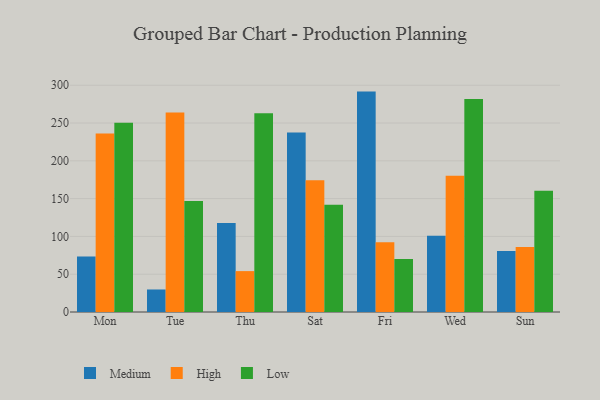
{"axis": {"x": "Day", "y": "Temperature (°C)"}, "legend": ["High", "Low", "Medium"], "data": [{"x": "Mon", "y": 73.4, "type": "Medium"}, {"x": "Mon", "y": 236.1, "type": "High"}, {"x": "Mon", "y": 250.5, "type": "Low"}, {"x": "Tue", "y": 29.8, "type": "Medium"}, {"x": "Tue", "y": 264.0, "type": "High"}, {"x": "Tue", "y": 147.0, "type": "Low"}, {"x": "Thu", "y": 117.8, "type": "Medium"}, {"x": "Thu", "y": 54.1, "type": "High"}, {"x": "Thu", "y": 263.0, "type": "Low"}, {"x": "Sat", "y": 237.4, "type": "Medium"}, {"x": "Sat", "y": 174.4, "type": "High"}, {"x": "Sat", "y": 141.8, "type": "Low"}, {"x": "Fri", "y": 291.6, "type": "Medium"}, {"x": "Fri", "y": 92.3, "type": "High"}, {"x": "Fri", "y": 70.0, "type": "Low"}, {"x": "Wed", "y": 100.8, "type": "Medium"}, {"x": "Wed", "y": 180.2, "type": "High"}, {"x": "Wed", "y": 281.7, "type": "Low"}, {"x": "Sun", "y": 80.8, "type": "Medium"}, {"x": "Sun", "y": 85.9, "type": "High"}, {"x": "Sun", "y": 160.3, "type": "Low"}]}